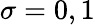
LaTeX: \sigma=0,1